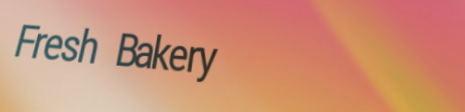
Fresh Bakery